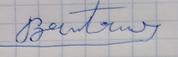
Signature authenticity: forged